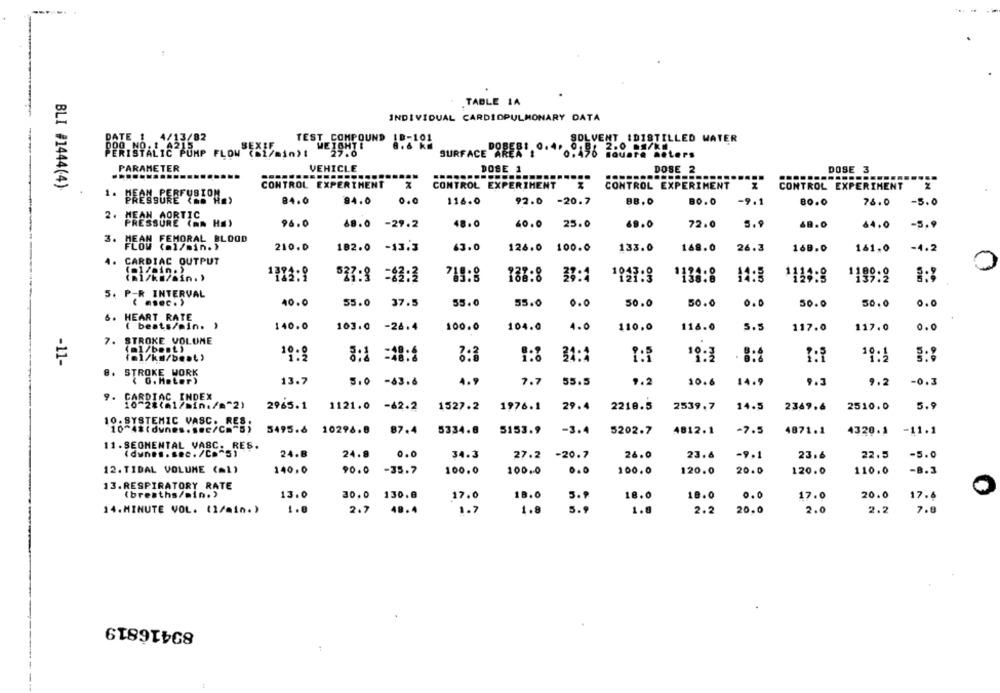
1
TABLE 1A
INDIVIDUAL CARDIOPULMONARY DATA
TEST COMPOUND
SOLVENT IDISTILLED WATER
WEIGHTE
18-101
PERISTALIC PUMP FLOW (i/min)!
27.0
SURFACE DORES :, 0.4. 0.51
2.0 5/k.
touare meters
VEHICLE
DOSE 1
PARAMETER
DOSE 2
DOSE 3
...
BLI #1444(4)
CONTROL EXPERTHENT
CONTROL EXPERIMENT
CONTROL EXPERIMENT
CONTROL EXPERIMENT
84.0
@4.0
0.0
116.0
92.0 -20.7
BB.O
BO. O
-9.1
80.0
78.0
-5.0
PRESSURE (HA HEY
96.0
68.0 -29.2
48.0
60.0 25.0
69.0
72.0
5.9
68.0
14.0
-5.9
3. MEAN FEMORAL BLOOD
FLOW (l/min.)
210.0
182.0 -13.3
43.0
126.0 100.0
133.0
168.0
26.3
168.0
161,0
-4.2
CARDIAC OUTPUT
(ol/min.)
38:1
1047:9
1124-8
(mi/km/min.)
527:8 =$3:2
715:8
188:8
1110:8
1199:9
5. P-R INTERVAL
( .s.c.)
40.0
55.0
37.5
55.0
55.0
0.0
50.0
50.0
0.0
50.0
50.0
0.0
6. HEART RATE
( bests/min. )
140.0
100.0
104.0
4.0
110.0
118.0
5.5
117.0
117.0
103.0 -26.4
0.0
STROKE VOLUME
7.
(ml/best)
-11-
(ml/kg/best)
1º:8
3:3
1:8
31:1
10:3
. 8:4
19:1
. STROKE WORK
( G. Meter)
13.7
4.9
14.9
9.3
5.0 -83.6
7.7
55.5
9.2
10.6
9.2
-0.3
9. CARDIAC INDEX
10-28(41/min./="2)
2965.1
1121.0 -62.2
1527.2
1976.1
29.4
2218.5
2539.7
14.5
2369.6
2510.0
5.9
10. SYSTEMIC VASC. RES,
5153.9
5202.7
4812.1
-7.5
4871.1
-11.1
5495.8 10296.8
87.4
5334.8
-3.4
4320.1
11. SEGMENTAL VASC. RES.
(dunes. sec. /Ca"S)
24.B
24.8
0.0
34.3
27.2 -20.7
26.0
23.6
-9.1
23.6
22.5
-5.0
12. TIDAL VOLUME (ml)
140,0
90.0
-35.7
100.0
100.0
0.0
100.0
120.0
20.0
120.0
110.0
-B.3
13.RESPIRATORY RATE
(breaths/min.)
13.0
30.0 130.8
17.0
18.0
18.0
18.0
0.0
17.0
20.0
17.6
14.MINUTE VOL. (2/min.)
1.8
2.7
48.4
1.7
1.8
5.9
1.0
2.2
20.0
2.0
2.2
7.8
83416819